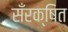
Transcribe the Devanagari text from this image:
सँरक्षित